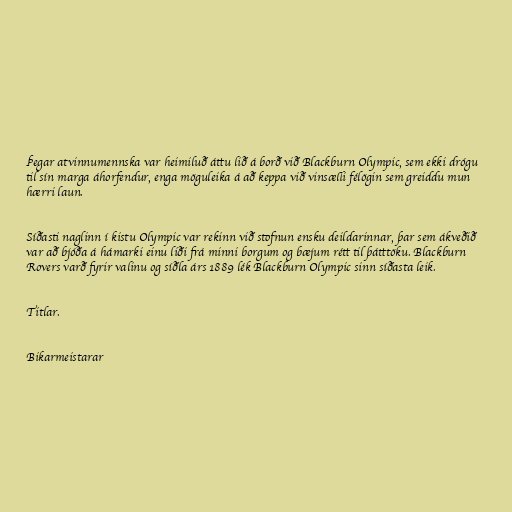
Þegar atvinnumennska var heimiluð áttu lið á borð við Blackburn Olympic, sem ekki drógu
til sín marga áhorfendur, enga möguleika á að keppa við vinsælli félögin sem greiddu mun
hærri laun.

Síðasti naglinn í kistu Olympic var rekinn við stofnun ensku deildarinnar, þar sem ákveðið
var að bjóða á hámarki einu liði frá minni borgum og bæjum rétt til þátttöku. Blackburn
Rovers varð fyrir valinu og síðla árs 1889 lék Blackburn Olympic sinn síðasta leik.

Titlar.

Bikarmeistarar